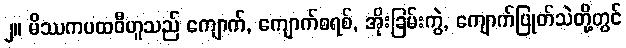
၂။ မိဿကပထဝီဟူသည် ကျောက်, ကျောက်စရစ်, အိုးခြမ်းကွဲ, ကျောက်ပြုတ်သဲတို့တွင်